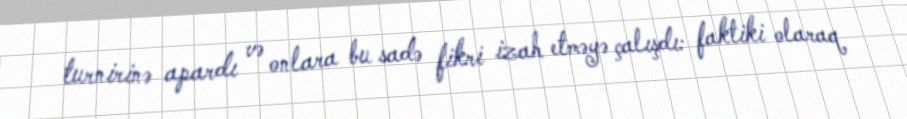
turnirinə apardı və onlara bu sadə fikri izah etməyə çalışdı: faktiki olaraq